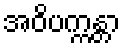
အဝိပက္ကန္တာ